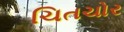
ચિતચોર